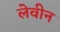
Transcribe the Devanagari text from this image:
लेवीन